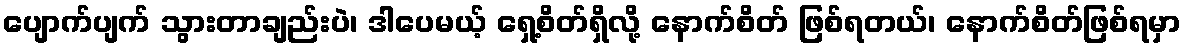
ပျောက်ပျက် သွားတာချည်းပဲ၊ ဒါပေမယ့် ရှေ့စိတ်ရှိလို့ နောက်စိတ် ဖြစ်ရတယ်၊ နောက်စိတ်ဖြစ်ရမှာ